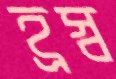
হ্রস্ব